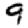
Digit: 9